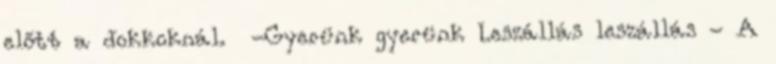
előtt a dokkoknál. -Gyerünk gyerünk Leszállás leszállás - A